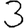
Digit: 3